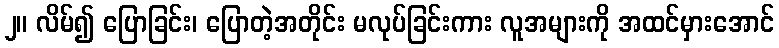
၂။ လိမ်၍ ပြောခြင်း၊ ပြောတဲ့အတိုင်း မလုပ်ခြင်းကား လူအများကို အထင်မှားအောင်